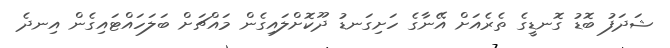
ޝަދަފު ބޮޑު ގޮނޑީގެ ތެރެއަށް އޭނާގެ ހަށިގަނޑު ދޫކޮށްލައިގެން މައްޗަށް ބަލަހައްޓައިގެން އިނދެ